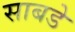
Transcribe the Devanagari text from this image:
साबडे